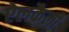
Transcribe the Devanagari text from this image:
ऐलकैली